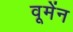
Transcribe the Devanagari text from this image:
वूमेंन